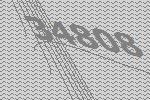
34808